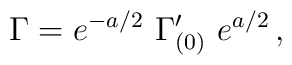
\Gamma= e^{-a/2}\ \Gamma_{(0)}^{\prime}\ e^{a/2}\, ,